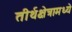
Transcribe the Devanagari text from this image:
तीर्थक्षेत्रामध्ये